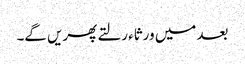
بعد میں ورثاء رلتے پھریں گے۔